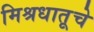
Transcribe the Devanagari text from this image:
मिश्रधातूचे